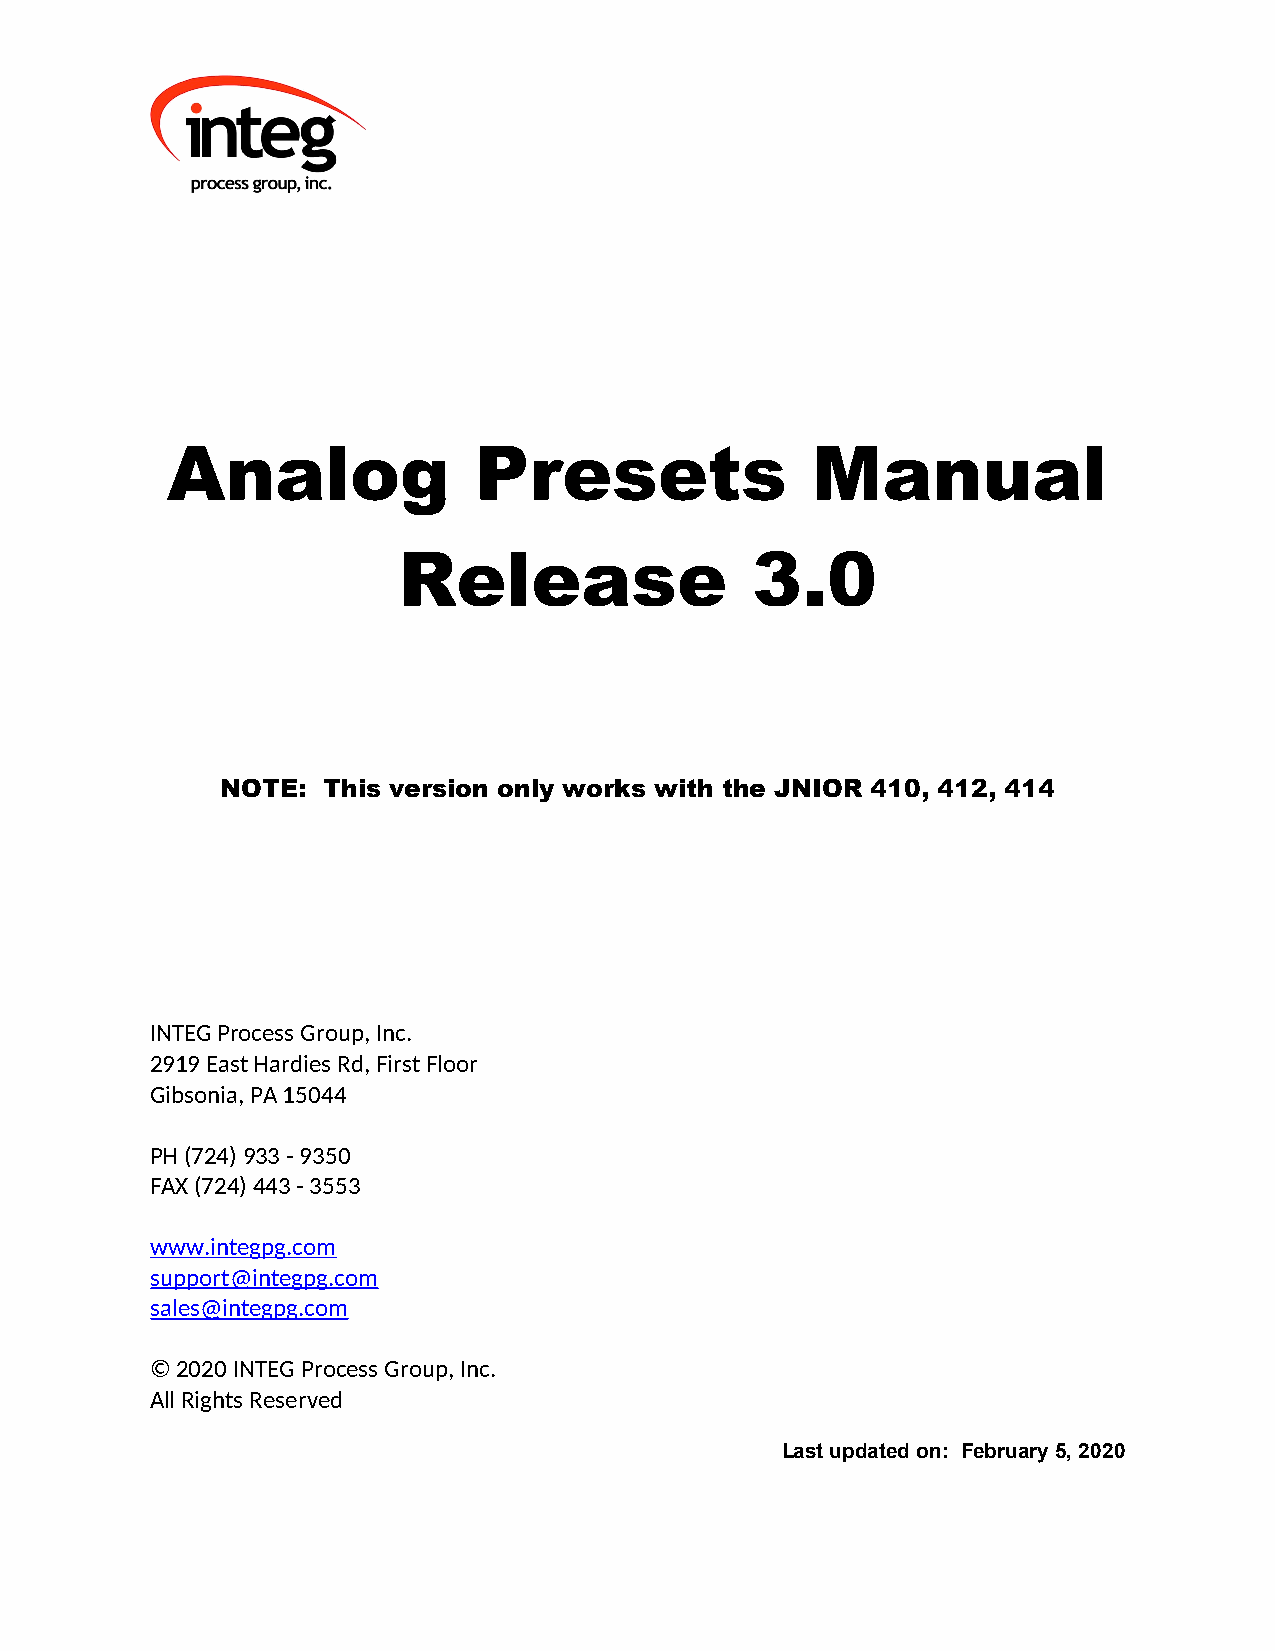
Analog              Presets                Manual
 Release                 3.0
 NOTE: This version only works with the JNIOR 410, 412, 414
 INTEG Process Group, Inc.
 2919 East Hardies Rd, First Floor
 Gibsonia, PA 15044
 PH (724) 933 - 9350
 FAX (724) 443 - 3553
 www.integpg.com
 support@integpg.com
 sales@integpg.com
 © 2020 INTEG Process Group, Inc.
 All Rights Reserved
 Last updated on: February 5, 2020